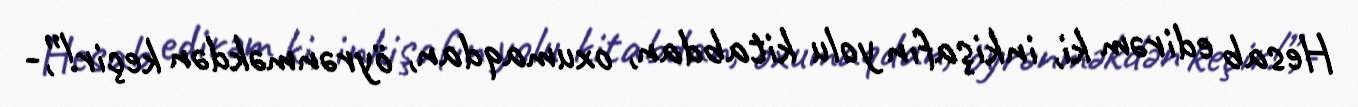
Hesab edirəm ki, inkişafın yolu kitabdan, oxumaqdan, öyrənməkdən keçir!”,-